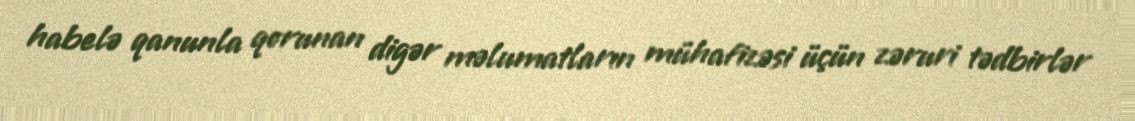
habelə qanunla qorunan digər məlumatların mühafizəsi üçün zəruri tədbirlər